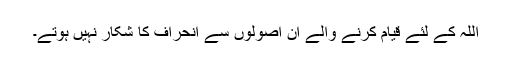
اللہ کے لئے قیام کرنے والے ان اصولوں سے انحراف کا شکار نہیں ہوتے۔